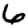
Digit: 6